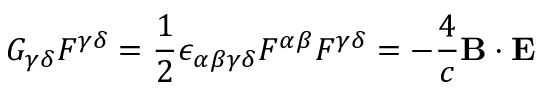
G _ { \gamma \delta } F ^ { \gamma \delta } = { \frac { 1 } { 2 } } \epsilon _ { \alpha \beta \gamma \delta } F ^ { \alpha \beta } F ^ { \gamma \delta } = - { \frac { 4 } { c } } \mathbf { B } \cdot \mathbf { E }